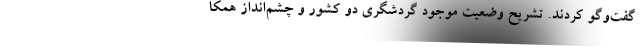
گفت‌وگو کردند. تشریح وضعیت موجود گردشگری دو کشور و چشم‌انداز همکا